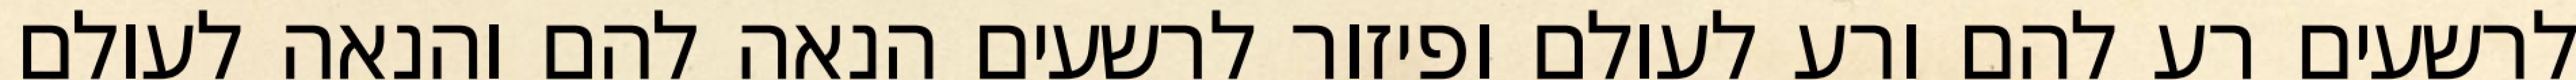
לרשעים רע להם ורע לעולם ופיזור לרשעים הנאה להם והנאה לעולם